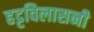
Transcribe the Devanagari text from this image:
हट्टविलासनी